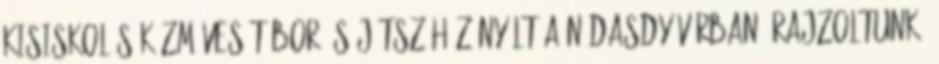
kisiskolás kézműves tábor és játszóház nyílt a Nádasdy-várban. Rajzoltunk,